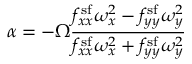
\alpha = - \Omega \frac { f _ { x x } ^ { \mathrm { s f } } \omega _ { x } ^ { 2 } - f _ { y y } ^ { \mathrm { s f } } \omega _ { y } ^ { 2 } } { f _ { x x } ^ { \mathrm { s f } } \omega _ { x } ^ { 2 } + f _ { y y } ^ { \mathrm { s f } } \omega _ { y } ^ { 2 } }